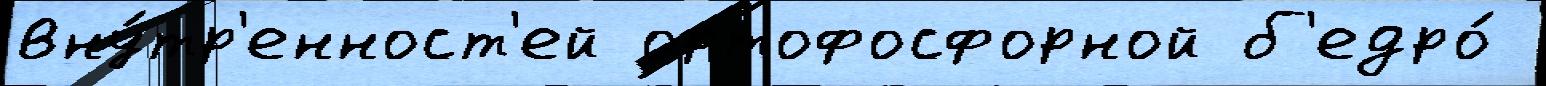
вну́тр'енност'ей ортофосфорной б'едро́